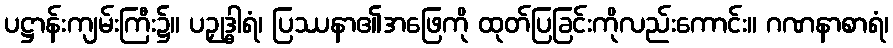
ပဋ္ဌာန်းကျမ်းကြီး၌။ ပဉှုဒ္ဓါရံ၊ ပြဿနာ၏အဖြေကို ထုတ်ပြခြင်းကိုလည်းကောင်း။ ဂဏနာစာရံ၊